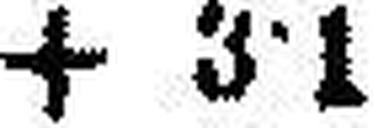
+ 3·1